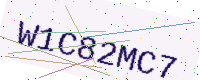
Text: W1C82MC7